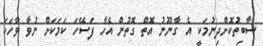
ސާބިތުކޮށްދިނުމަކީ އެ ގާނޫނު އޮތް ގޮތުން އެހާ ފަސޭހަ ކަމަކަށް ނުވާ ވާހަކަ